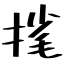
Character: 毮